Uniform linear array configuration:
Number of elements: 64
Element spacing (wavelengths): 0.25
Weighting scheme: kaiser
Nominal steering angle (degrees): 0
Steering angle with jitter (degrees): -1.65
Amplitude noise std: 0.05
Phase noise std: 0.05

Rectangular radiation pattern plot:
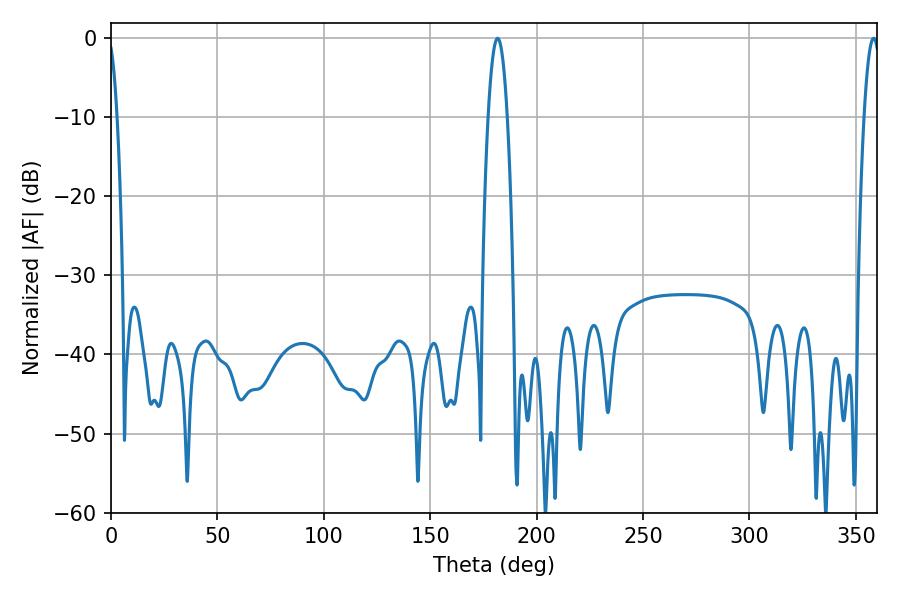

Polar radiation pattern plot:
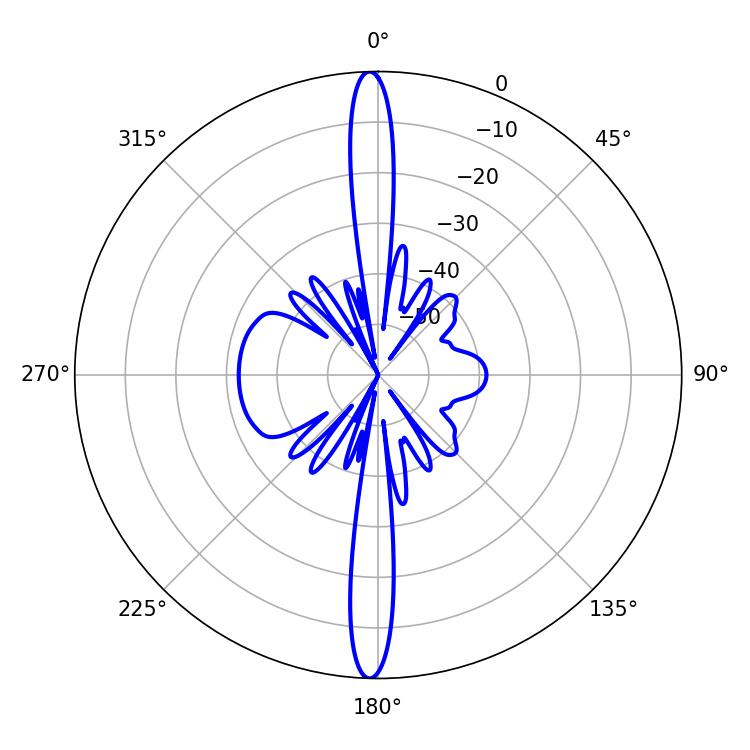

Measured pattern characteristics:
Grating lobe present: FALSE
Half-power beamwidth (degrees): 4.14
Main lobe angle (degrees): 358.38